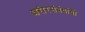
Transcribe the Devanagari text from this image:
शरीरसंबंधांची